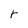
Character: r